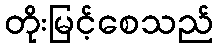
တိုးမြင့်စေသည်